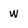
Character: w